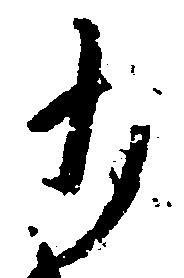
わ